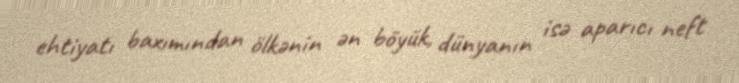
ehtiyatı baxımından ölkənin ən böyük, dünyanın isə aparıcı neft